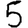
Digit: 5